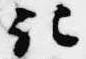
記